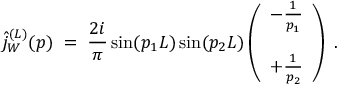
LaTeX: \hat { j } _ { W } ^ { ( L ) } ( p ) \; = \; \frac { 2 i } { \pi } \sin ( p _ { 1 } L ) \sin ( p _ { 2 } L ) \left( \begin{array} { c } { { - \frac { 1 } { p _ { 1 } } } } \\ { { \; } } \\ { { + \frac { 1 } { p _ { 2 } } } } \end{array} \right) \; .